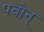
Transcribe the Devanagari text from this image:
पवोन्